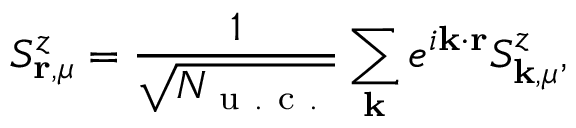
S _ { \mathbf { r } , \mu } ^ { z } = \frac { 1 } { \sqrt { N _ { \mathrm { ~ u ~ . ~ c ~ . ~ } } } } \sum _ { \mathbf { k } } e ^ { i \mathbf { k } \cdot \mathbf { r } } S _ { \mathbf { k } , \mu } ^ { z } ,